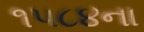
૧૫૮૪ના